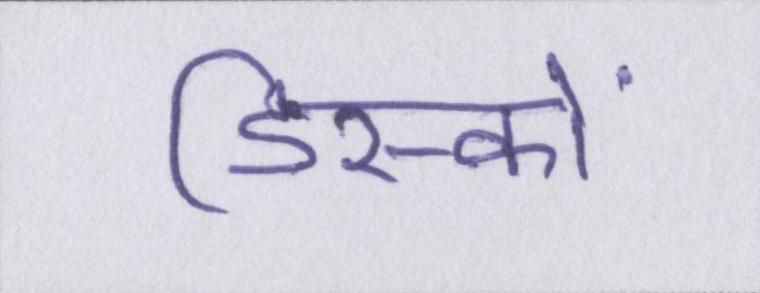
डिस्कों